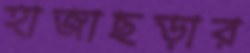
হাজাছড়ার